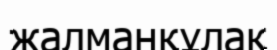
жалманқұлақ